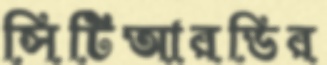
সিটিআরডির